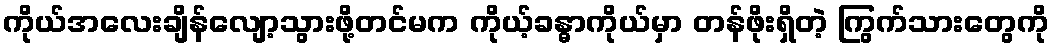
ကိုယ်အလေးချိန်လျော့သွားဖို့တင်မက ကိုယ့်ခန္ဓာကိုယ်မှာ တန်ဖိုးရှိတဲ့ ကြွက်သားတွေကို